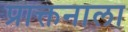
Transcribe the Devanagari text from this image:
प्राक्तनाला